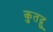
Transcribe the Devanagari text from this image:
कुतद्गु